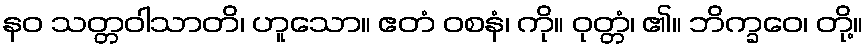
နဝ သတ္တဝါသာတိ၊ ဟူသော။ ဧတံ ဝစနံ၊ ကို။ ဝုတ္တံ၊ ၏။ ဘိက္ခဝေ၊ တို့။